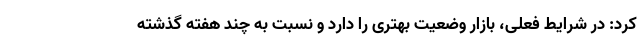
کرد: در شرایط فعلی، بازار وضعیت بهتری را دارد و نسبت به چند هفته گذشته